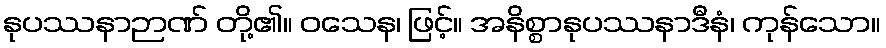
နုပဿနာဉာဏ် တို့၏။ ဝသေန၊ ဖြင့်။ အနိစ္စာနုပဿနာဒီနံ၊ ကုန်သော။